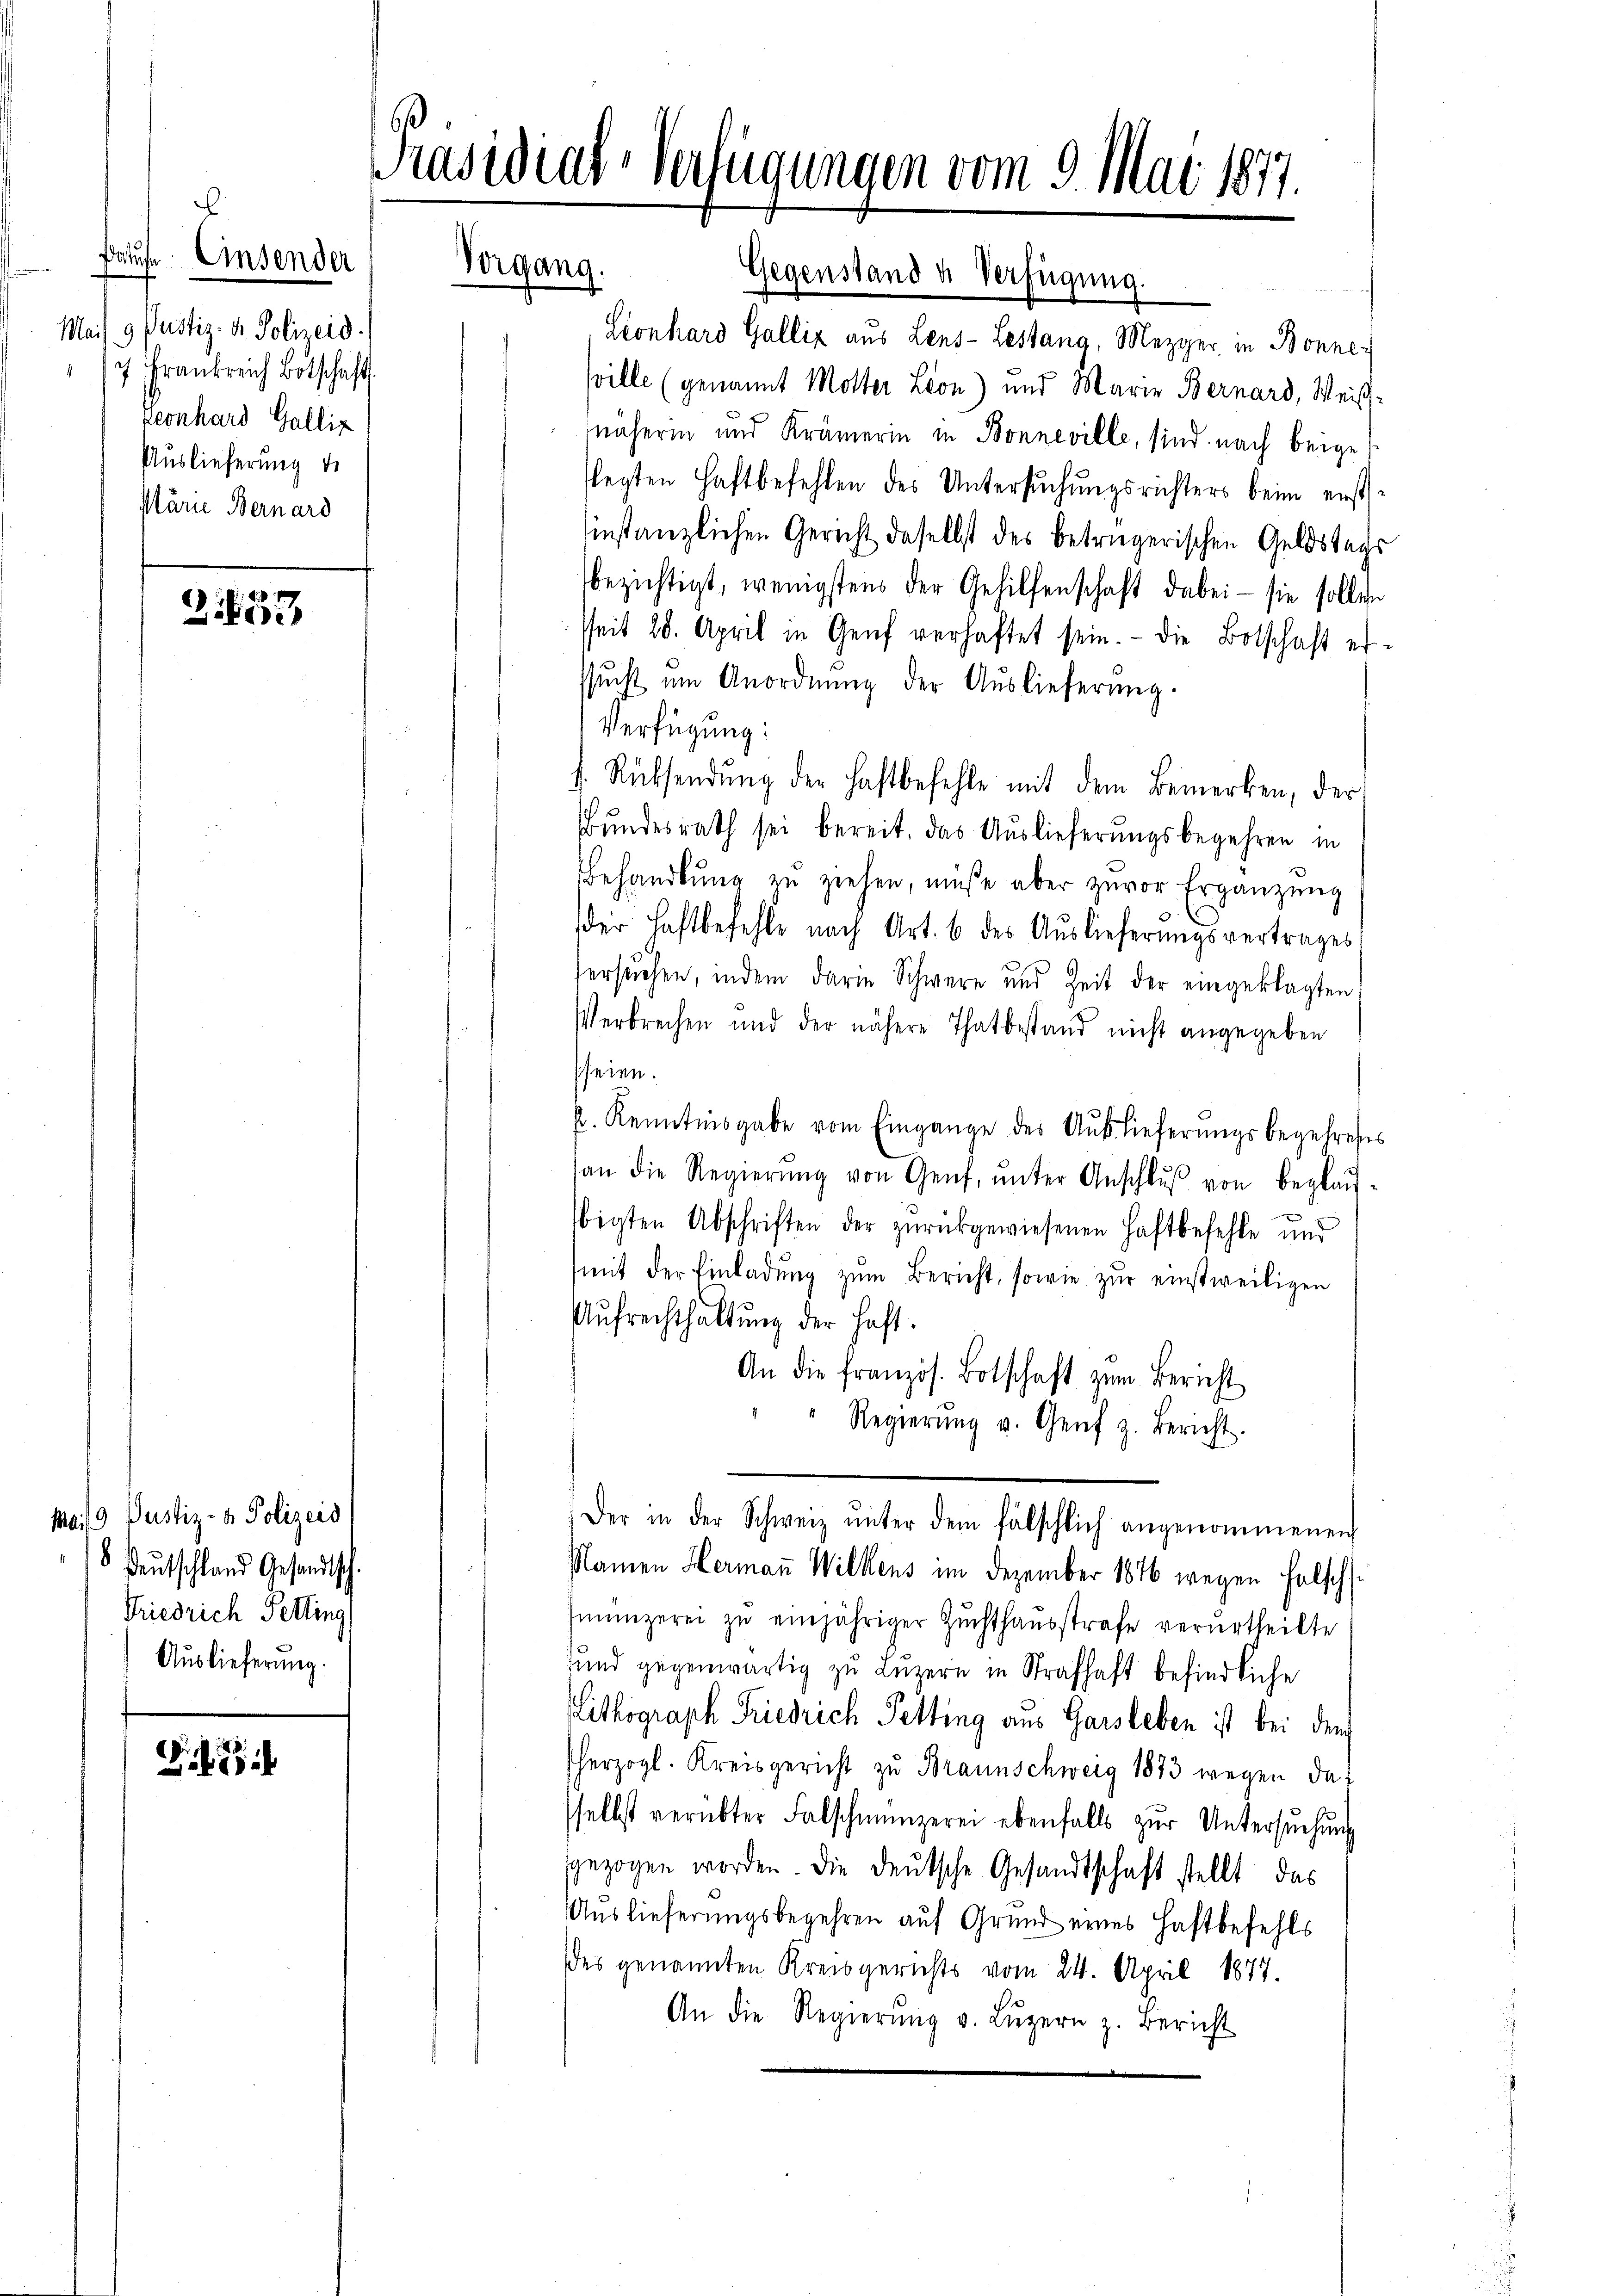
Batufe Einsender
x
Mais 9 Pustiz- u. Polizeid.
7 f
Frankreich Botschaft
Keonhard Galliz
Auslieferung d
Plarie Bernard

Z.133

Mai/19. Justiz- & Polizeid
 Deutschland Gesandtsch
Friedrich Petting
Auslieferung.

8

Präsidial-Verfügungen vom 9. Mai 1877.

Vorgang.

Leonhard Galliz aus Lens-Lestang, Mezger in Bonne-
sville (genannt Motter Lion) und Marie Bernard, Weisnäheren und Krämerin in Bonneville, sind nach beigeflegten Haftbefehlen des Untersuchungsrichters beim erstinstanzlichen Gericht daselbst des betrügerischen Geldstags
bezichtigt, wenigstens der Gehilfenschaft dabei - sie sollen
sseit 20. April in Genf verhaftet sein. - Die Botschaft er-
sŭcht um Anordnŭng der Auslieferung.
Verfügung:
b. Rücksendŭng der haftbefehle mit dem Bemerken, der
Bŭndesrath sei bereit, das Auslieferŭngsbegehren in
Behandlŭng zŭ ziehen, müße aber zuvor Ergänzŭng
der Haftbefehle nach Art. 6 des Auslieferungsvertrages
fersuchen, indem darin Schwere und Zeit der eingeklagten
Verbrechen und der nähere Thatbestand nicht angegeben
seien.
p. Kenntnisgabe vom Eingange des Auslieferungsbegehress
an die Regierŭng von Genf, ŭnter Anschlŭβ von beglau-
bigten Abschriften der zurückgewiesenen Haftbefehle und
(mit der Einladŭng zŭm Bericht, sowie zŭr einstweiligen
Aufrechthaltung der haft.
An die französ. Botschaft zŭm Bericht
Regierŭng u. Genf z. Bericht.
Der in der Schweiz ŭnter dem fälschlich angenommenen
Namen Hermann Wilkens im Dezember 1876 wegen Falsch
münzerei zŭ einjähriger Zŭchthausstrafe verurtheilte
und gegenwärtig zu Luzern in Strafhaft befindliche
Lithograph Friedrich Petting aus Garsleben ist bei dem
herzogl. Kreisgericht zu Braunschweig 1873 wegen das
selbst verübter Falschmünzerei ebenfalls zur Untersuchung
gezogen worden. Die deutsche Gesandtschaft stellt das
Auslieferungsbegehren auf Grund eines Haftbefehls
es genannten Kreisgerichts vom 24. April 1877.
An die Regierŭng v. Lŭzern z. Bericht

Gegenstand u. Verfügung.